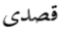
قصدى